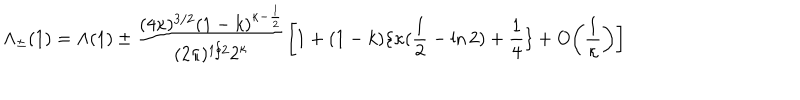
\Lambda _ { \pm } ( 1 ) = \Lambda ( 1 ) \pm \frac { ( 4 \kappa ) ^ { 3 / 2 } ( 1 - k ) ^ { \kappa - \frac { 1 } { 2 } } } { ( 2 \pi ) ^ { 1 / 2 } 2 ^ { \kappa } } \bigg [ 1 + ( 1 - k ) \{ \kappa ( \frac { 1 } { 2 } - \ln 2 ) + \frac { 1 } { 4 } \} + O \bigg ( \frac { 1 } { \kappa } \bigg ) \bigg ]